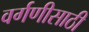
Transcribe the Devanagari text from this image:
वर्गणीसाठी